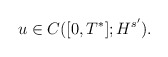
\begin{align*} u\in C([0,T^*]; H^{s'}).\end{align*}